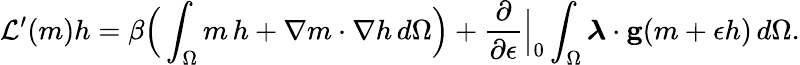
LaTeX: \mathcal{L}^{\prime}(m)h=\beta\Big(\int_{\Omega}m\, h+\nabla m\cdot\nabla h\, d\Omega\Big)+\frac{\partial}{\partial\epsilon}\Big\rvert_{0}\int_{\Omega}\boldsymbol{\lambda}\cdot\mathbf{g}(m+\epsilon h)\, d\Omega.